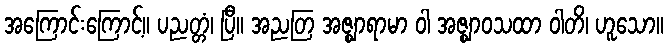
အကြောင်းကြောင့်။ ပညတ္တံ၊ ပြီ။ အညတြ အဇ္ဈာရာမာ ဝါ အဇ္ဈာဝသထာ ဝါတိ၊ ဟူသော။